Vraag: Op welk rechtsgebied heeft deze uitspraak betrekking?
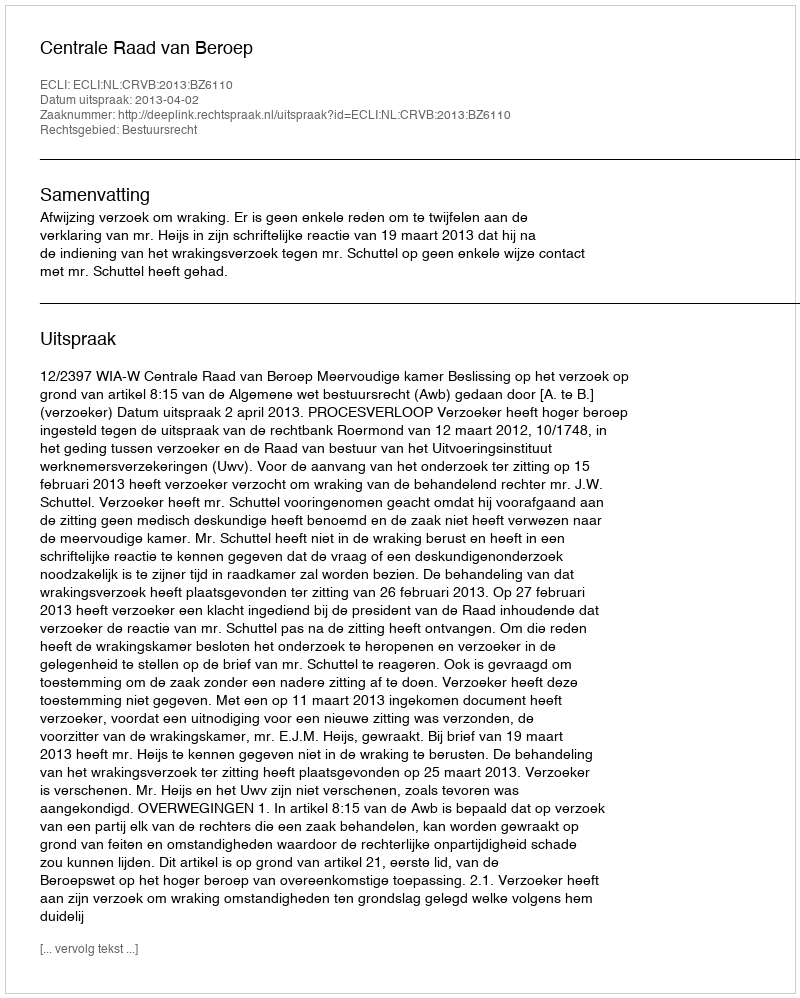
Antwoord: Bestuursrecht